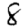
Digit: 8